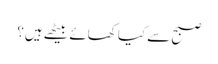
صبح سے کیا کھائے بیٹھے ہیں؟